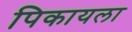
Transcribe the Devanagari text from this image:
पिकायला